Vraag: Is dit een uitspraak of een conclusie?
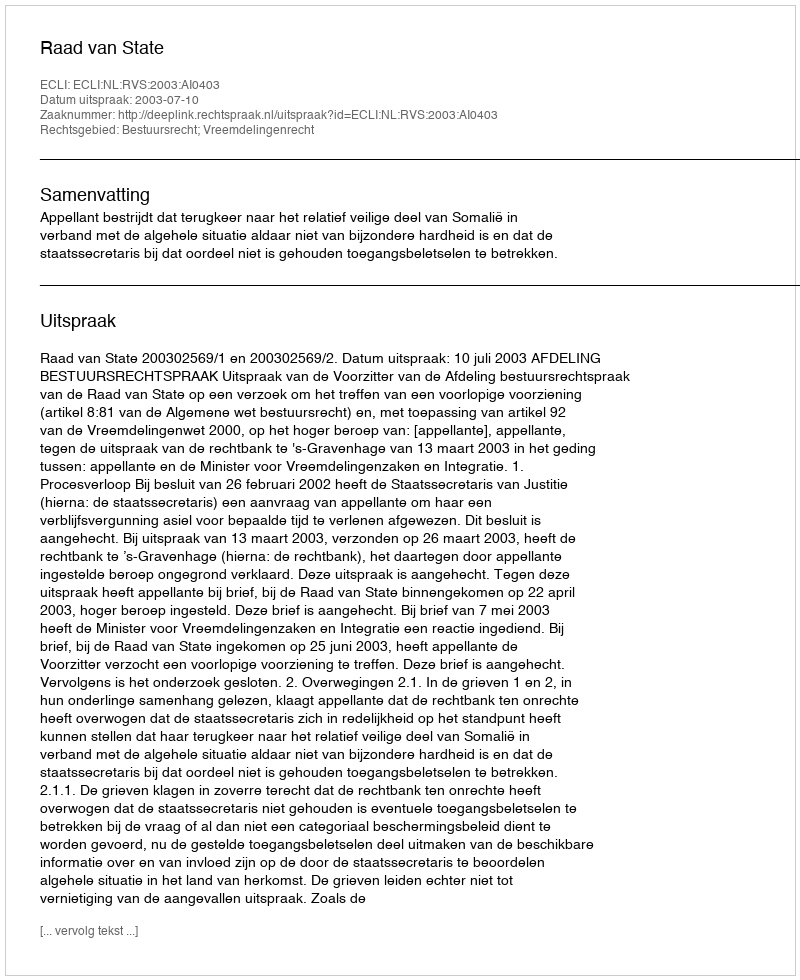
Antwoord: Uitspraak